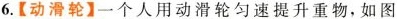
6.【动滑轮】一个人用动滑轮匀速提升重物，如图